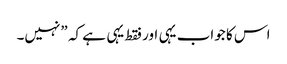
اس کا جواب یہی اور فقط یہی ہے کہ ”نہیں۔